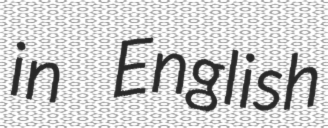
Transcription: in English